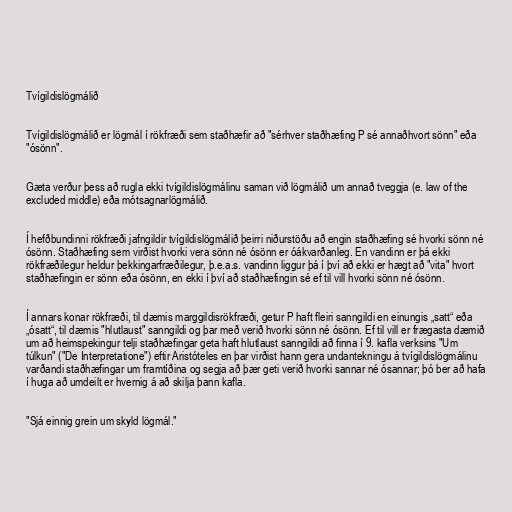
Tvígildislögmálið

Tvígildislögmálið er lögmál í rökfræði sem staðhæfir að "sérhver staðhæfing P sé annaðhvort sönn" eða
"ósönn".

Gæta verður þess að rugla ekki tvígildislögmálinu saman við lögmálið um annað tveggja (e. law of the
excluded middle) eða mótsagnarlögmálið.

Í hefðbundinni rökfræði jafngildir tvígildislögmálið þeirri niðurstöðu að engin staðhæfing sé hvorki sönn né
ósönn. Staðhæfing sem virðist hvorki vera sönn né ósönn er óákvarðanleg. En vandinn er þá ekki
rökfræðilegur heldur þekkingarfræðilegur, þ.e.a.s. vandinn liggur þá í því að ekki er hægt að "vita" hvort
staðhæfingin er sönn eða ósönn, en ekki í því að staðhæfingin sé ef til vill hvorki sönn né ósönn.

Í annars konar rökfræði, til dæmis marggildisrökfræði, getur P haft fleiri sanngildi en einungis „satt“ eða
„ósatt“, til dæmis "hlutlaust" sanngildi og þar með verið hvorki sönn né ósönn. Ef til vill er frægasta dæmið
um að heimspekingur telji staðhæfingar geta haft hlutlaust sanngildi að finna í 9. kafla verksins "Um
túlkun" ("De Interpretatione") eftir Aristóteles en þar virðist hann gera undantekningu á tvígildislögmálinu
varðandi staðhæfingar um framtíðina og segja að þær geti verið hvorki sannar né ósannar; þó ber að hafa
í huga að umdeilt er hvernig á að skilja þann kafla.

"Sjá einnig grein um skyld lögmál."